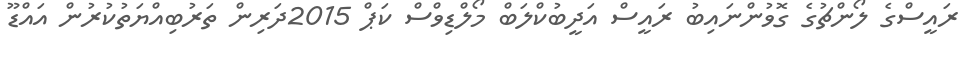
ރައީސްގެ ލޯންޗުގެ ގޮވުންނައިބު ރައީސް އަދީބުކްލަބް މޯލްޑިވްސް ކަޕް 2015ދަރިން ތަރުބިއްޔަތުކުރުން އައްޑޫ